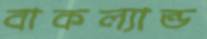
বাকল্যান্ড